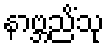
နာဗ္ဘညိံသု